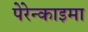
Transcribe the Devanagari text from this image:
पेरेन्काइमा